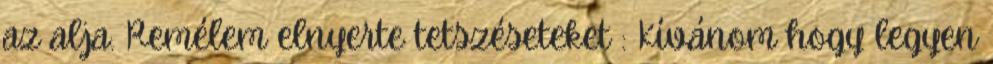
az alja. Remélem elnyerte tetszéseteket : Kívánom hogy legyen